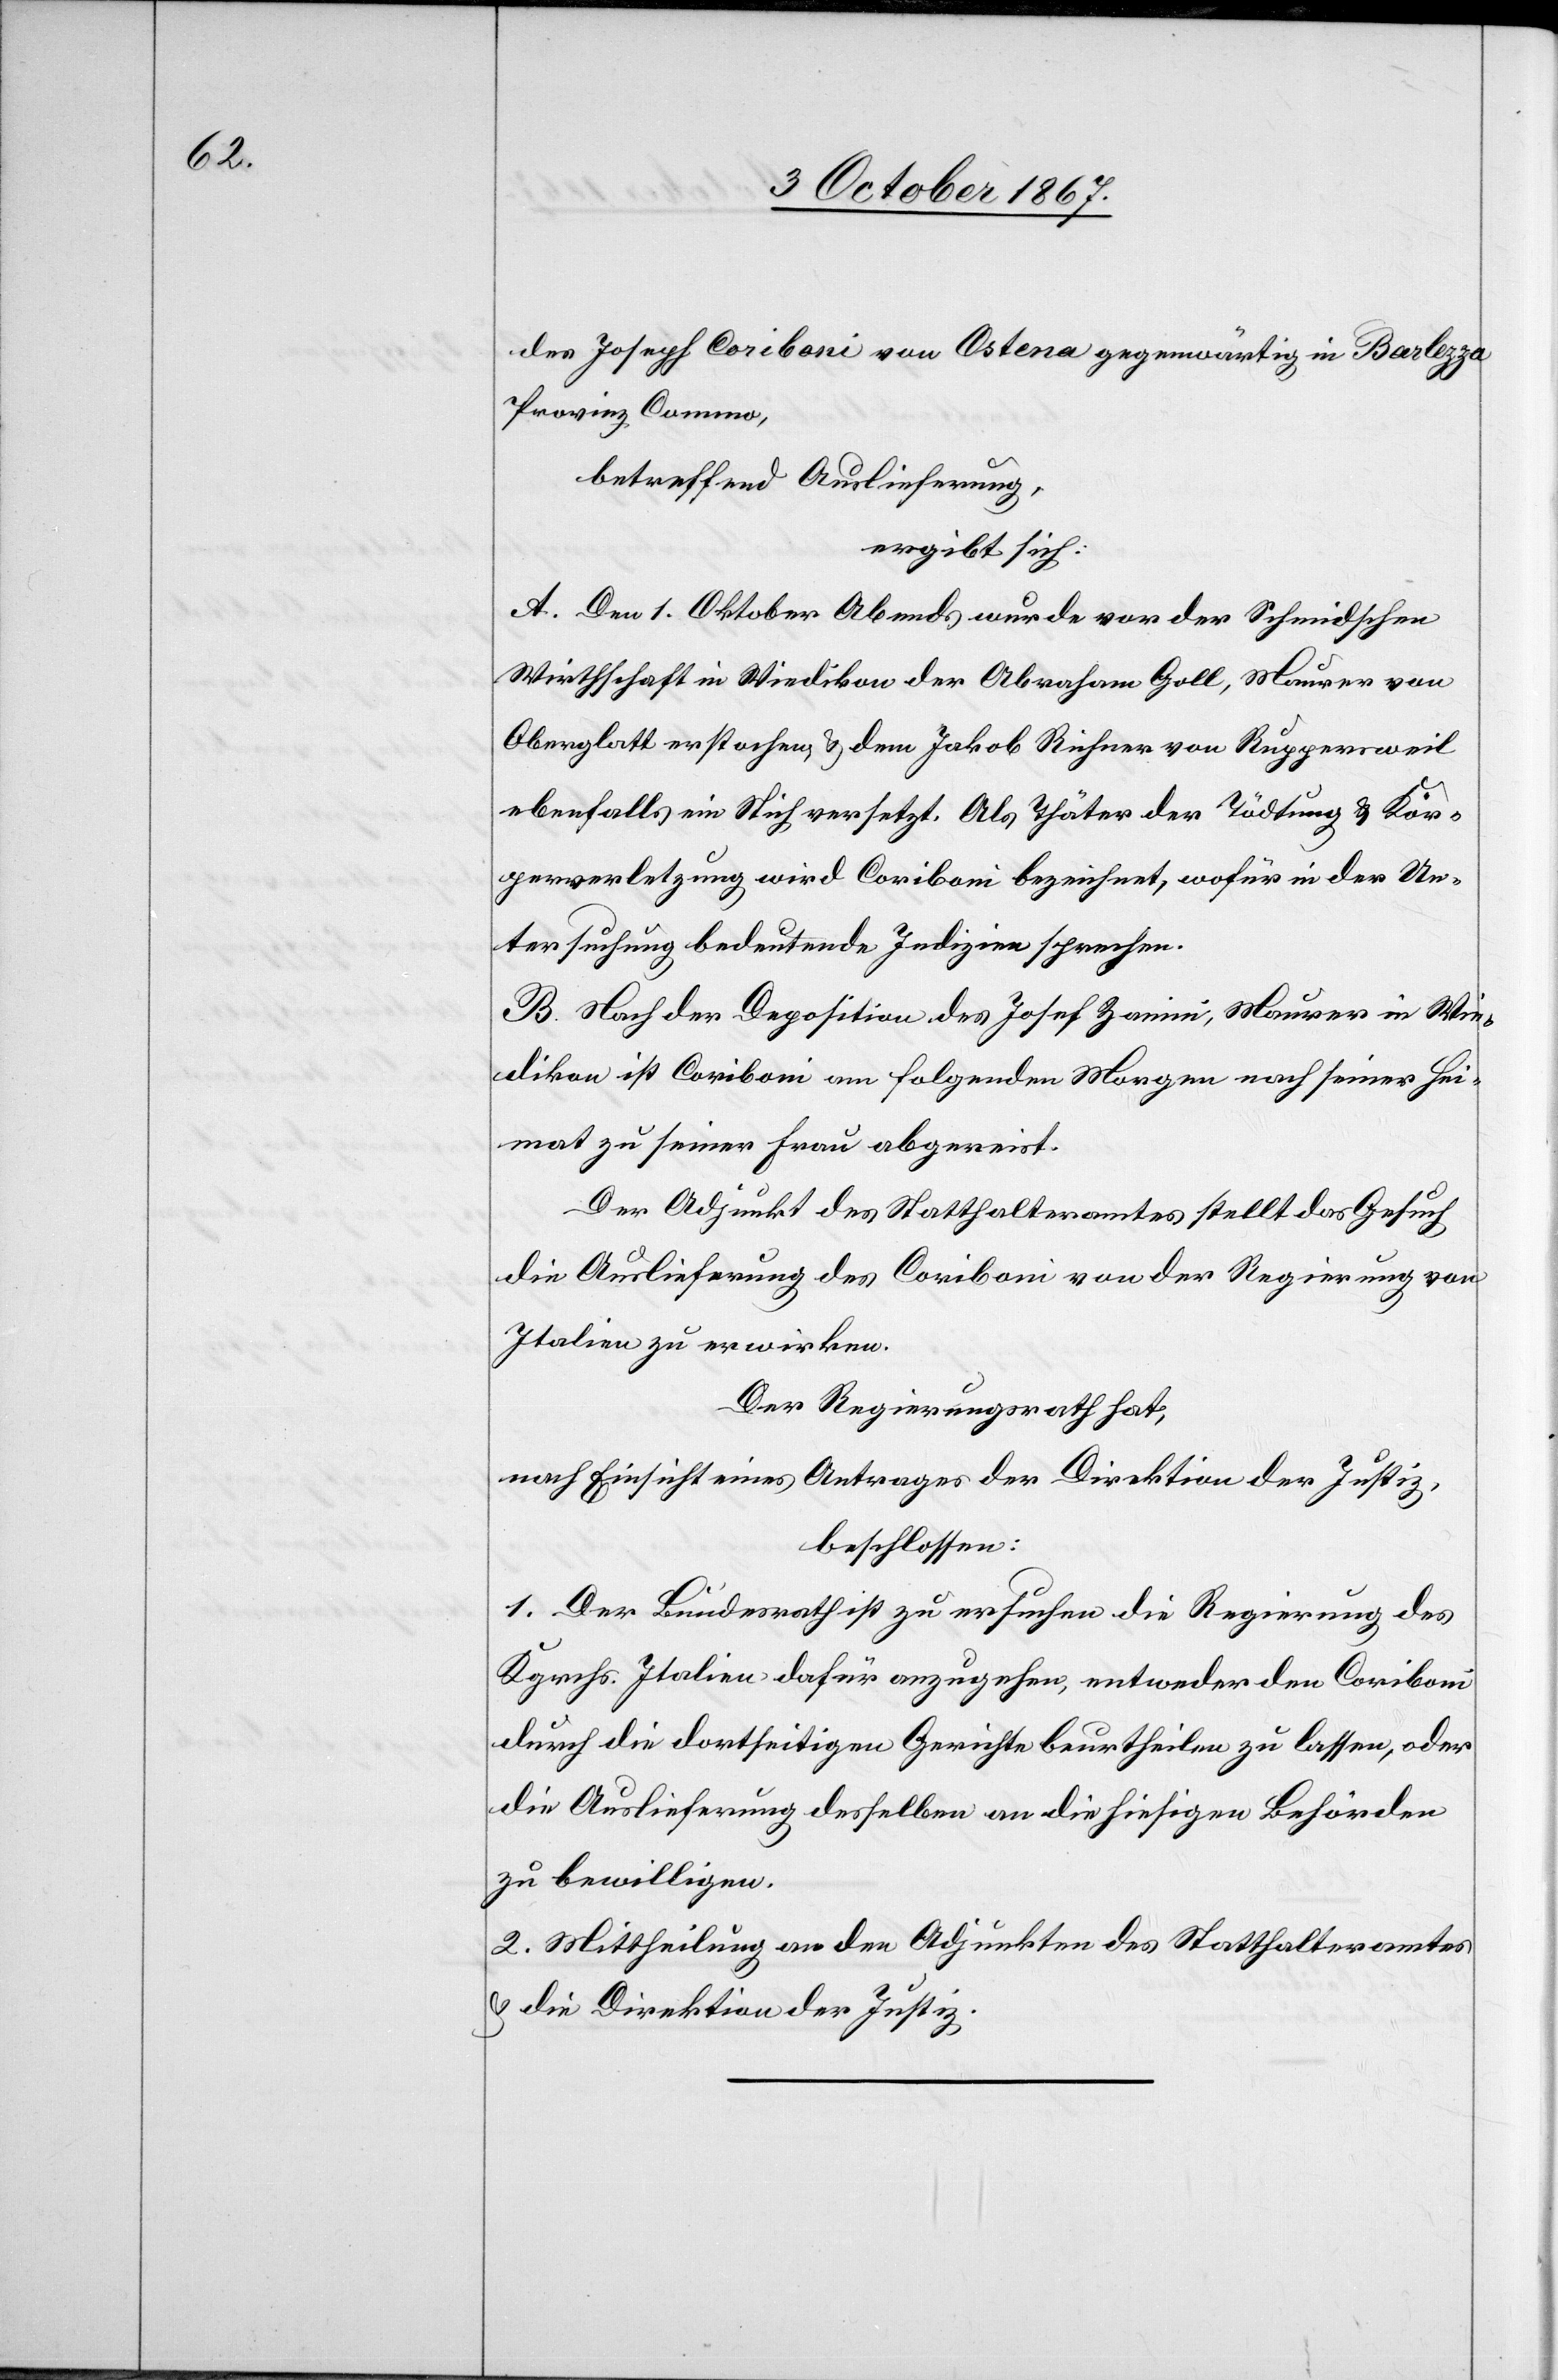
des Joseph Coriboni von Ostena gegenwärtig in Barlezza,
Provinz Commo,
betreffend Auslieferung,
ergibt sich:
A. Den 1. Oktober Abends wurde vor der Schmidschen
Wirthschaft in Wiedikon der Abraham Goll, Maurer von
Oberglatt erstochen u. dem Jakob Richner von Ruppersweil
ebenfalls ein Stich versetzt. Als Thäter der Tödtung u. Kör¬
perverletzung wird Coriboni bezeichnet, wofür in der Un¬
tersuchung bedeutende Indizien sprechen.
B. Nach der Deposition des Josef Zanini, Maurer in Wie¬
dikon ist Coriboni am folgenden Morgen nach seiner Hei¬
mat zu seiner Frau abgereist.
Der Adjunkt des Statthalteramtes stellt das Gesuch,
die Auslieferung des Coriboni von der Regierung von
Italien zu erwirken.
Der Regierungsrath hat,
nach Einsicht eines Antrages der Direktion der Justiz,
beschlossen:
1. Der Bundesrath ist zu ersuchen die Regierung des
Kgrchs. Italien dafür anzugehen, entweder den Coriboni
durch die dortseitigen Gerichte beurtheilen zu lassen, oder
die Auslieferung desselben an die hiesigen Behörden
zu bewilligen.
2. Mittheilung an den Adjunkten des Statthalteramtes
u. die Direktion der Justiz.